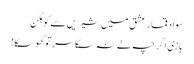
سواد قمار عشق میں شیریں سے کوہکن
بازی اگر چہ لے نہ سکا سر تو کھوسکا!